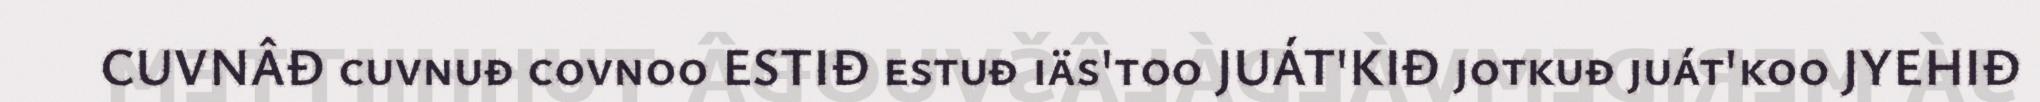
CUVNÂĐ cuvnuđ covnoo ESTIĐ estuđ iäs'too JUÁT'KIĐ jotkuđ juát'koo JYEHIĐ